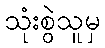
သုံးစွဲသူမှ